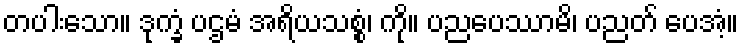
တပါးသော။ ဒုက္ခံ ပဌမံ အရိယသစ္စံ၊ ကို။ ပညပေဿာမိ၊ ပညတ် ပေအံ့။